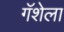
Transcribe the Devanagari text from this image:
गॅशेला